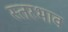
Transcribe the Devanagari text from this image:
स्तरभाव